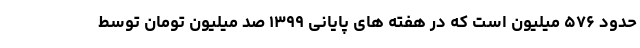
حدود ۵۷۶ میلیون است که در هفته های پایانی ۱۳۹۹ صد میلیون تومان توسط